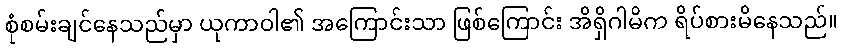
စုံစမ်းချင်နေသည်မှာ ယုကာဝါ၏ အကြောင်းသာ ဖြစ်ကြောင်း အိရှိဂါမိက ရိပ်စားမိနေသည်။